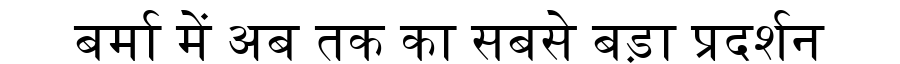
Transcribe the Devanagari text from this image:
बर्मा में अब तक का सबसे बड़ा प्रदर्शन